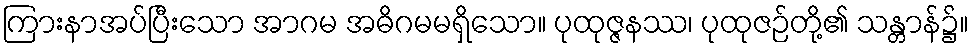
ကြားနာအပ်ပြီးသော အာဂမ အဓိဂမမရှိသော။ ပုထုဇ္ဇနဿ၊ ပုထုဇဉ်တို့၏ သန္တာန်၌။